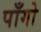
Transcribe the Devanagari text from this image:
पाँगो